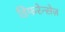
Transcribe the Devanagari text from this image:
डिफरेन्सेज़